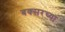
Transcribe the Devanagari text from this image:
बक्सरच्या